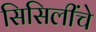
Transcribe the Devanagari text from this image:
सिसिलींचे